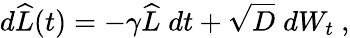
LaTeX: d\widehat{L}(t)=-\gamma\widehat{L}\; dt+\sqrt{D}\; dW_{t}\ ,